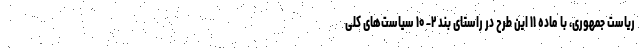
ریاست جمهوری، با ماده ۱۱ این طرح در راستای بند ۲- ۱۰ سیاست‌های کلی